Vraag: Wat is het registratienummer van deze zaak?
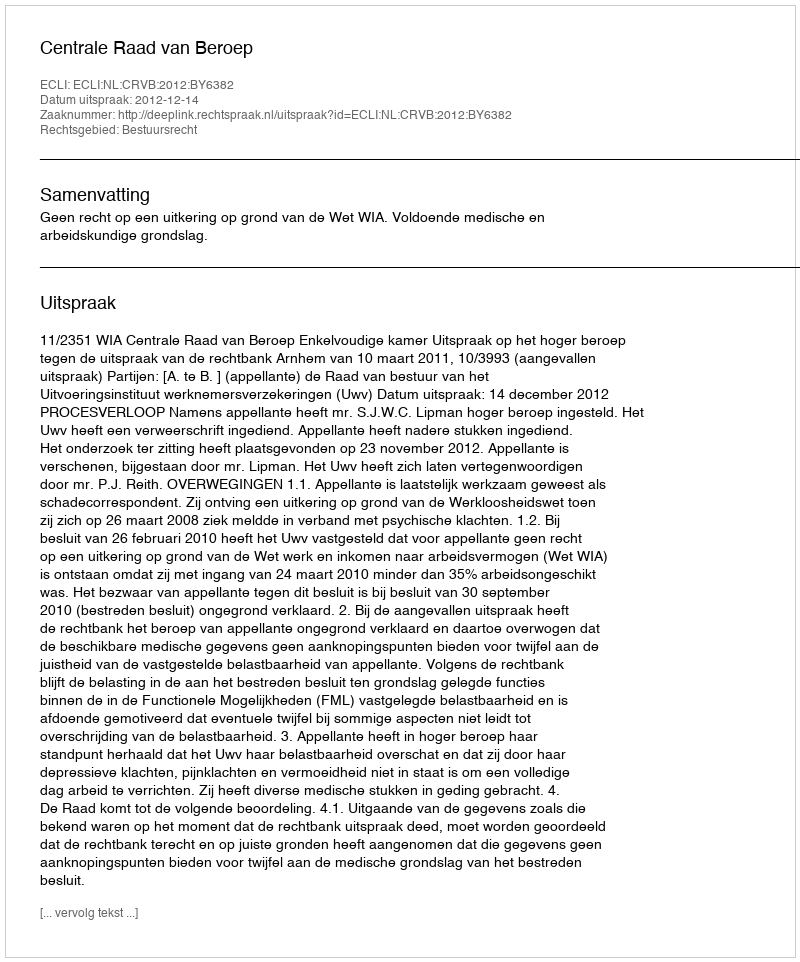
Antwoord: http://deeplink.rechtspraak.nl/uitspraak?id=ECLI:NL:CRVB:2012:BY6382